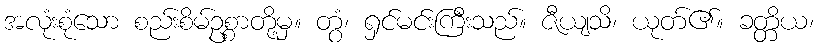
အလုံးစုံသော စည်းစိမ်ဥစ္စာတို့မှ။ တွံ၊ ရှင်မင်းကြီးသည်။ ဇီယျသိ၊ ယုတ်၏။ ခတ္တိယ၊